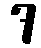
7